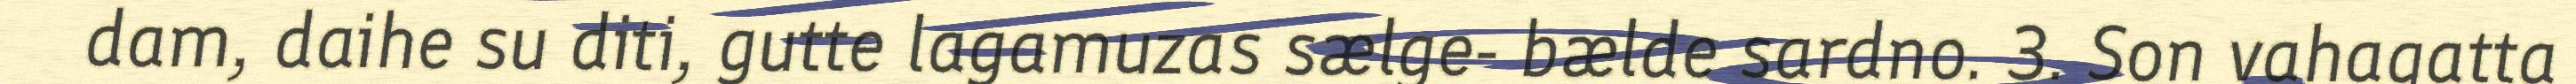
dam, daihe su diti, gutte lagamuzas sælge- bælde sardno. 3. Son vahagatta